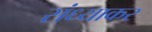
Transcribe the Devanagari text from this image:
संध्याकर